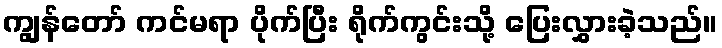
ကျွန်တော် ကင်မရာ ပိုက်ပြီး ရိုက်ကွင်းသို့ ပြေးလွှားခဲ့သည်။